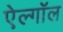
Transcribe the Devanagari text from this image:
ऐल्गॉल